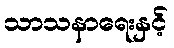
သာသနာရေးနှင့်